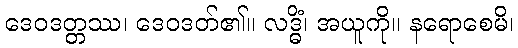
ဒေဝဒတ္တဿ၊ ဒေဝဒတ်၏။ လဒ္ဓိံ၊ အယူကို။ နရောစေမိ၊